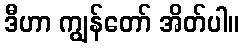
ဒီဟာ ကျွန်တော် အိတ်ပါ။